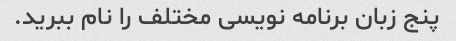
پنج زبان برنامه نویسی مختلف را نام ببرید.